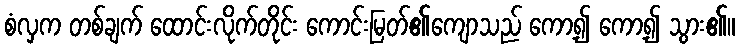
စံလှက တစ်ချက် ထောင်းလိုက်တိုင်း ကောင်းမြတ်၏ကျောသည် ကော့၍ ကော့၍ သွား၏။